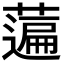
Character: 𦽟